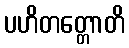
ပဟိတတ္တောတိ